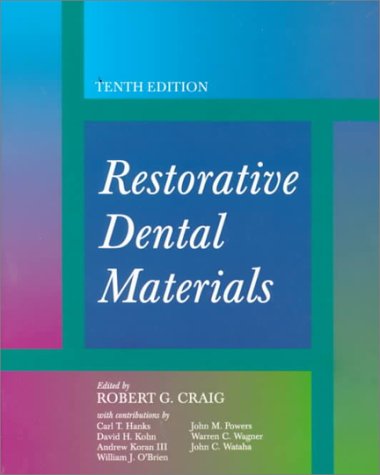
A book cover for Restorative Dental Materials; Robert G. Craig; Medical Books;